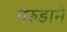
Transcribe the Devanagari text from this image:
गरुडाने